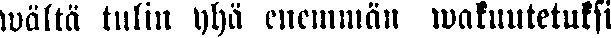
wältä tulin yhä enemmän wakuutetuksi